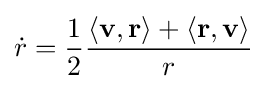
{\dot {r}}={\frac {1}{2}}{\frac {\langle \mathbf {v} ,\mathbf {r} \rangle +\langle \mathbf {r} ,\mathbf {v} \rangle }{r}}